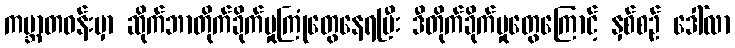
ကမ္ဘာတဝန်းမှာ ဆိုက်ဘာတိုက်ခိုက်မှုကြုံတွေနေရပြီး ဒီတိုက်ခိုက်မှုတွေကြောင့် နှစ်စဉ် ဒေါ်လာ